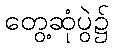
တွေ့ဆုံပွဲ၌